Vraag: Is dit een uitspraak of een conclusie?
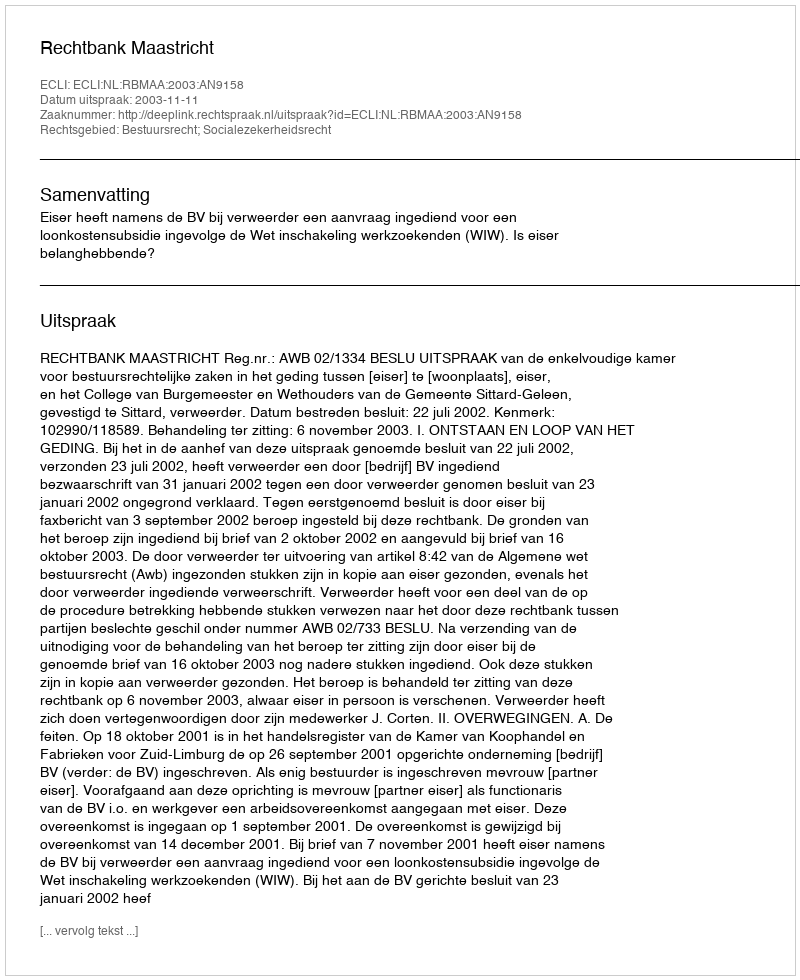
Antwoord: Uitspraak